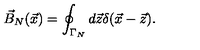
\vec { B } _ { N } ( \vec { x } ) = \oint _ { \Gamma _ { N } } d \vec { z } \delta ( \vec { x } - \vec { z } ) .